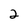
Character: 2